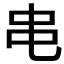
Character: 𫩙